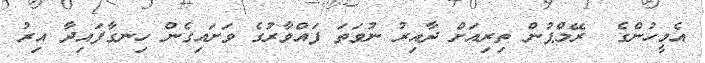
އެމީހުންގެ  ރޭމްޕުން ތިރިއަށް ދާއިރު ނުވަތަ ފައްވާރުގެ ވަށައިގެން ހިނގާފައިދާ އިރު